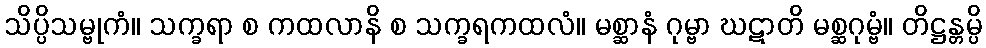
သိပ္ပိသမ္ဗုကံ။ သက္ခရာ စ ကထလာနိ စ သက္ခရကထလံ။ မစ္ဆာနံ ဂုမ္ဗာ ဃဋာတိ မစ္ဆဂုမ္ဗံ။ တိဋ္ဌန္တမ္ပိ